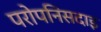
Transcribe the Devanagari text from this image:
परोपनिसदाइ